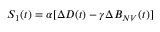
S _ { 1 } ( t ) = \alpha [ \Delta D ( t ) - \gamma \Delta B _ { N V } ( t ) ]